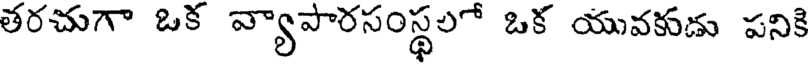
తరచుగా ఒక వ్యాపారసంస్థలో ఒక యువకుడు పనికి